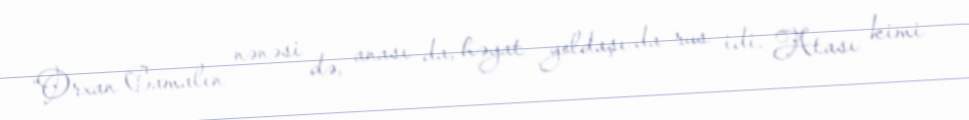
“Orxan Camalın nənəsi də, anası da, həyat yoldaşı da rus idi. Atası kimi